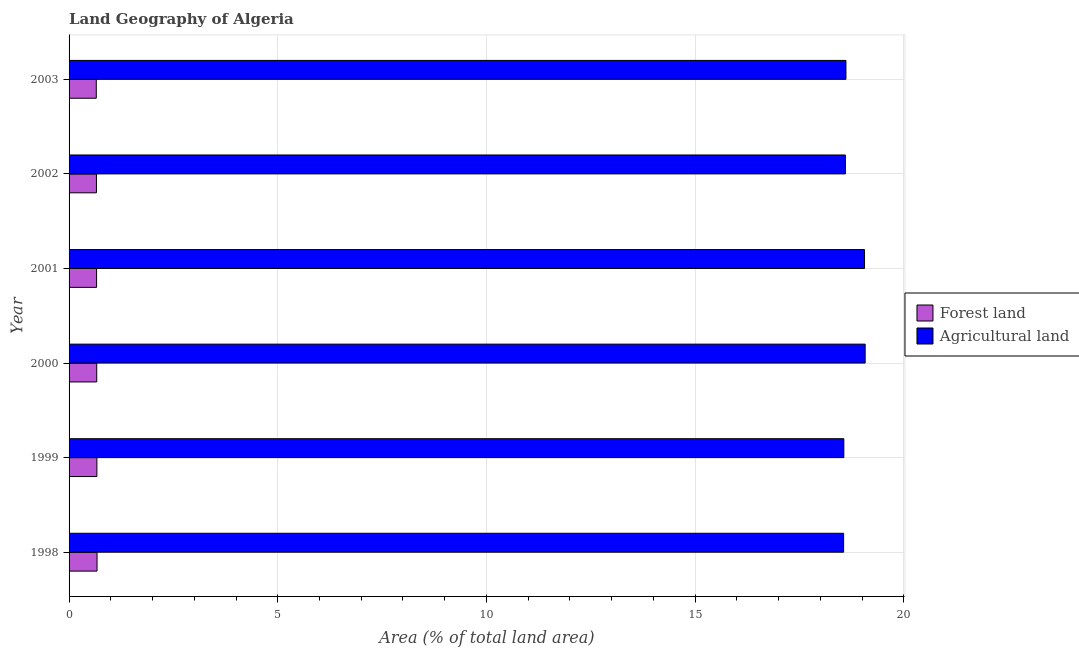
| Year | Forest land | Agricultural land |
 | --- | --- | --- |
 | 1998 | 0.67 | 18.6 |
 | 1999 | 0.667 | 18.6 |
 | 2000 | 0.663 | 19.1 |
 | 2001 | 0.659 | 19.1 |
 | 2002 | 0.656 | 18.6 |
 | 2003 | 0.652 | 18.6 |